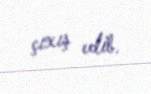
çıxış edib.